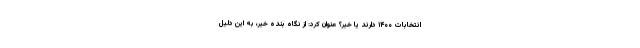
انتخابات ۱۴۰۰ دارند یا خیر؟ عنوان کرد: از نگاه بنده خیر، به این دلیل